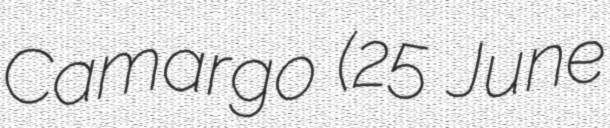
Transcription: Camargo (25 June